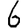
Digit: 6